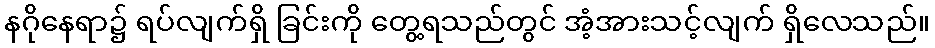
နဂိုနေရာ၌ ရပ်လျက်ရှိ ခြင်းကို တွေ့ရသည်တွင် အံ့အားသင့်လျက် ရှိလေသည်။